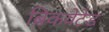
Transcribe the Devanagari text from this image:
ब्रिकवेटेड